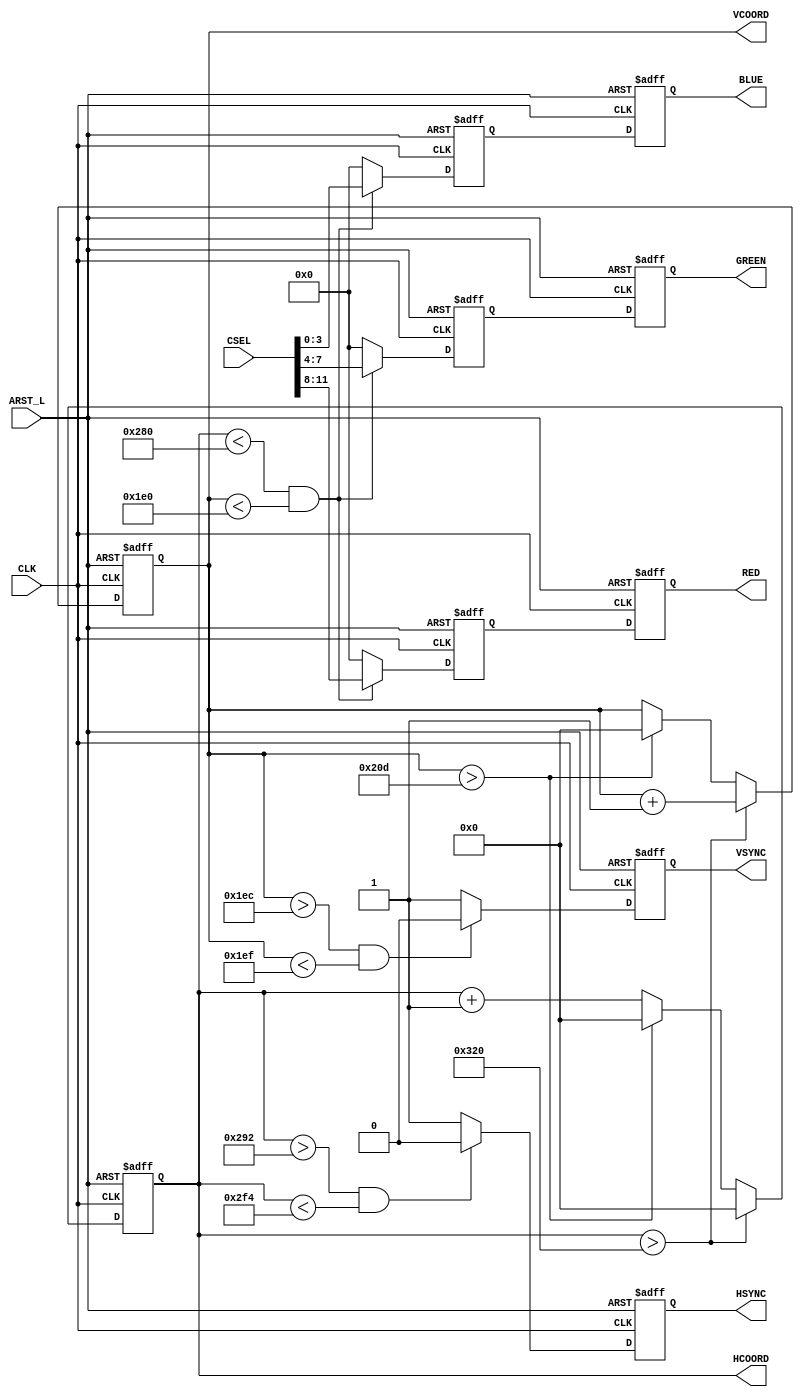
//Verilog source file for VGAEncoder Module
//Brian Willis, 5/31/2017
//Encodes a 12-bit color select value into RGB codes and vertical/horizontal sync values 
//used by VGA compliant monitor to display unique colors on monitor
`timescale 1ns / 1ps

module VGAEncoder(
    input CLK, ARST_L,
    input wire [11:0] CSEL,
    output wire HSYNC, VSYNC,
    output wire [3:0] RED, GREEN, BLUE,
    output reg [9:0] HCOORD, VCOORD
    );
    
    wire arst_i;
    wire hsync_i, vsync_i;
    reg [3:0] red_i, green_i, blue_i;
    reg [3:0] D1, D2, D3;
    reg D4, D5;
    
    assign arst_i = ~ARST_L;
    assign hsync_i = (HCOORD > 658 && HCOORD < 756) ? 1'b0 : 1'b1;  //HSYNC range
    assign vsync_i = (VCOORD > 492 && VCOORD < 495) ? 1'b0 : 1'b1;  //VSYNC range
    assign RED = D1;
    assign GREEN = D2;
    assign BLUE = D3;
    assign HSYNC = D4;
    assign VSYNC = D5;
    
    always @(posedge CLK, posedge arst_i)begin      //counters for horizontal, vertical coordinates
        if(arst_i)begin
            HCOORD = 10'b0;
            VCOORD = 10'b0;
        end
        else if(HCOORD > 800)begin
            HCOORD = 1'b0;
            VCOORD = VCOORD + 1'b1;
        end
        else if(VCOORD > 525)begin
            HCOORD = 1'b0;
            VCOORD = 1'b0;
        end
        else
            HCOORD = HCOORD + 1'b1;            
    end
    
    always @(posedge CLK, posedge arst_i)begin       //RGB selector
        if(arst_i)begin
            red_i = 4'b0;
            green_i = 4'b0;
            blue_i = 4'b0;
        end
        else if (HCOORD < 640 && VCOORD < 480)begin //display only on non-blanking sections of monitor
            red_i = CSEL[11:8];
            green_i = CSEL[7:4];
            blue_i = CSEL[3:0];
        end
        else begin
            red_i = 4'b0;
            green_i = 4'b0;
            blue_i = 4'b0;        
        end
    end
    
    always  @(posedge CLK, posedge arst_i)begin     //DFF for RED
        if(arst_i)
            D1 = 4'b0;
        else 
            D1 = red_i;            
    end 
    
    always  @(posedge CLK, posedge arst_i)begin     //DFF for GREEN
        if(arst_i)
            D2 = 4'b0;
        else 
            D2 = green_i;            
    end  
    
    always  @(posedge CLK, posedge arst_i)begin     //DFF for BLUE
        if(arst_i)
            D3 = 4'b0;
        else 
            D3 = blue_i;            
    end  
    
    always  @(posedge CLK, posedge arst_i)begin     //DFF for HSYNC
        if(arst_i)
            D4 = 1'b0;
        else 
            D4 = hsync_i;            
    end  
    
    always  @(posedge CLK, posedge arst_i)begin     //DFF for VSYNC
        if(arst_i)
            D5 = 1'b0;
        else 
            D5 = vsync_i;            
    end  
endmodule